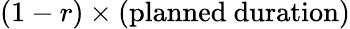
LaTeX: (1-r)\times(\mathrm{planned\ duration})